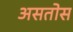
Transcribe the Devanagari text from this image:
असतोस